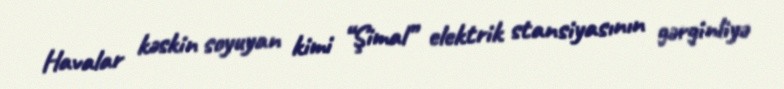
Havalar kəskin soyuyan kimi “Şimal” elektrik stansiyasının gərginliyə